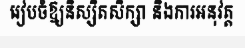
រៀបចំឱ្យនិស្សិតសិក្សា និងការអនុវត្ត